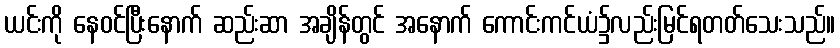
ယင်းကို နေဝင်ပြီးနောက် ဆည်းဆာ အချိန်တွင် အနောက် ကောင်းကင်ယံ၌လည်းမြင်ရတတ်သေးသည်။